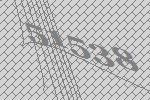
51538